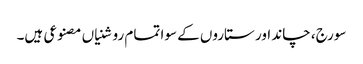
سورج، چاند اور ستاروں کے سوا تمام روشنیاں مصنوعی ہیں۔